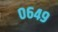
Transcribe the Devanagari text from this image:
०६४९